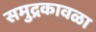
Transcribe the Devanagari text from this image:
समुद्रकावळा